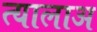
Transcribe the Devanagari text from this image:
त्यालाअ